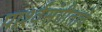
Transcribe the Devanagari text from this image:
पार्श्वसंगीताचे